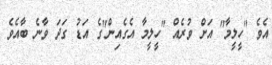
އެވެ "ހީލީމާ" އަށް ވުރެއް "ހީލީމާ އެގެއިން"ގެ އަޑު ގަދަ ވާނެ ބާއެވެ